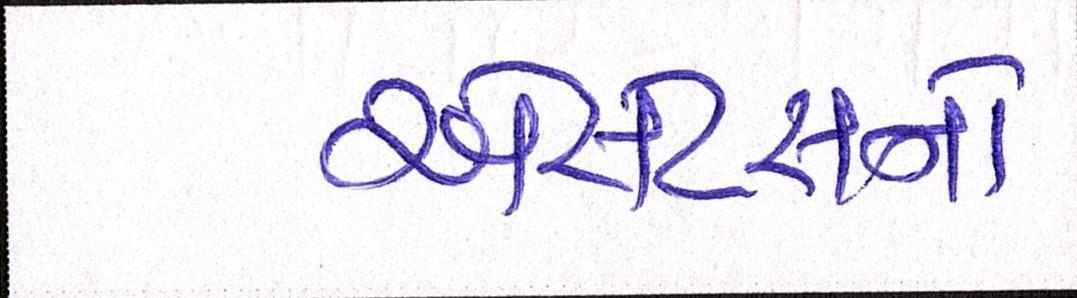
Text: એસેટસનો